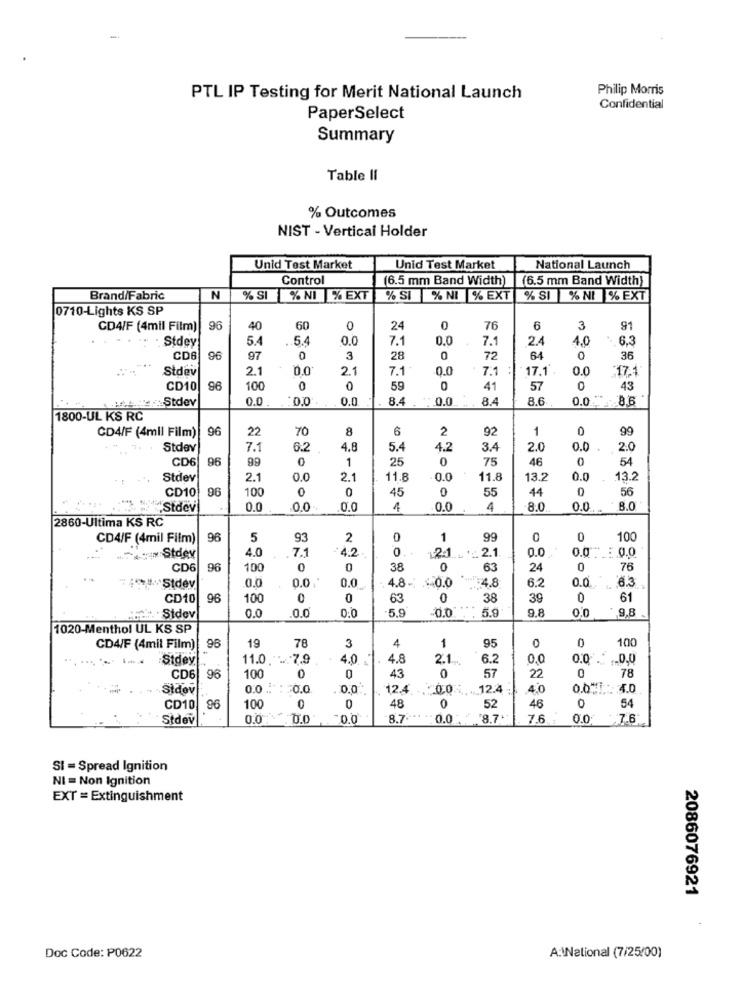
-
Philip Morris
PTL IP Testing for Merit National Launch
Confidential
PaperSelect
Summary
Table II
% Outcomes
NIST - Vertical Holder
Unid Test Market
Unid Test Market
National Launch
Control
(6.5 mm Band Width)
(6.5 mm Band Width)
Brand/Fabric
N
% SI
% NI % EXT
% SI % NI % EXT
% SI % NI % EXT
0710-Lights KS SP
CD4/F (4mil Film)
96
40
60
0
24
0
76
6
3
91
Stdey
5.4
5.4
0.0
7.1
0.0
7.1
2.4
4,0
6.3
CD6
96
97
0
3
28
0
72
64
0
36
Stdev
2.1
0.0
2.1
7.1
0.0
7.1 :
17.1.
0.0
.17.1
CD10
96
100
0
0
59
41
57
0
43
1117: Stdev
0.0
0.0
5.0
8.4
0.0
8.4
8.6
0.0
8.6
1800-UL KS RC
96
22
70
8
6
2
92
1
0
99
CD4/F (4mll Film)
Stdev
7.1
6.2
4.8
5.4
4.2
3.4
2.0
0.0
2.0
CDE
96
99
0
1
25
0
75
46
0
54
Stdev
2.1
0.0
2.1
11.8
0.0
11.8
13.9
0.0
13.2
CD10
96
100
0
0
45
0
55
44
0
56
Stdev
0.0
0.0
0.0
4
0.0
4
8.0
0.0
8.0
2860-Ultima KS RC
CD4/F (4mil Film)
96
5
93
2
0
1
99
0
0
100
4.0
7.1
42
0
... 2.1
0.0
Stdey
0.0 :00
CD6
96
100
0
0
38
0
63
24
0
76
0.0
0.0 '
4.8- $ 0.0
6.2
Stdey
0.0
:4.8
0.0.
6.3
CD10
96
100
0
0
63
0
38
39
0
61
0:0
5.9
0.0
5.9
9.8
0,0
.9,8
Sidev
0.0
0.0
1020-Menthol UL KS SP
1
100
CD4/F (4mil Film) 96
19
78
3
4
95
0
0
Stdey
11.0. ... 7.9
4.0
4.8
2.1 ...
6.2
0,0
0.0
. .. 0,0
CD6
96
100
0
43
0
57
22
78
Stdov
0.0 .. : : 0.0
0.0
12.4. ... 0.0 .12.4
4.0
0.0*1 40
CD10
100
0
0
48
0
52
46
0
54
Stdev
0.0: 0.0
0.0
8.7 ** **
0.0 8.7'
7.6.
0.0 7.6
SI = Spread Ignition
NI = Non Ignition
EXT = Extinguishment
2086076921
Doc Code: P0622
A:\National (7/25/00)